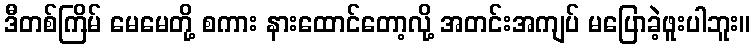
ဒီတစ်ကြိမ် မေမေတို့ စကား နားထောင်တော့လို့ အတင်းအကျပ် မပြောခဲ့ဖူးပါဘူး။